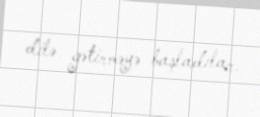
dilə gətirməyə başladılar.